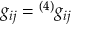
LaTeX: g _ { i j } = { ^ { ( 4 ) } } g _ { i j }